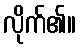
လိုက်၏။